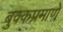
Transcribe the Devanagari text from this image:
बुक्कप्रमाणे